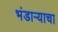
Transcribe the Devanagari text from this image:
भंडाऱ्याचा